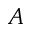
A